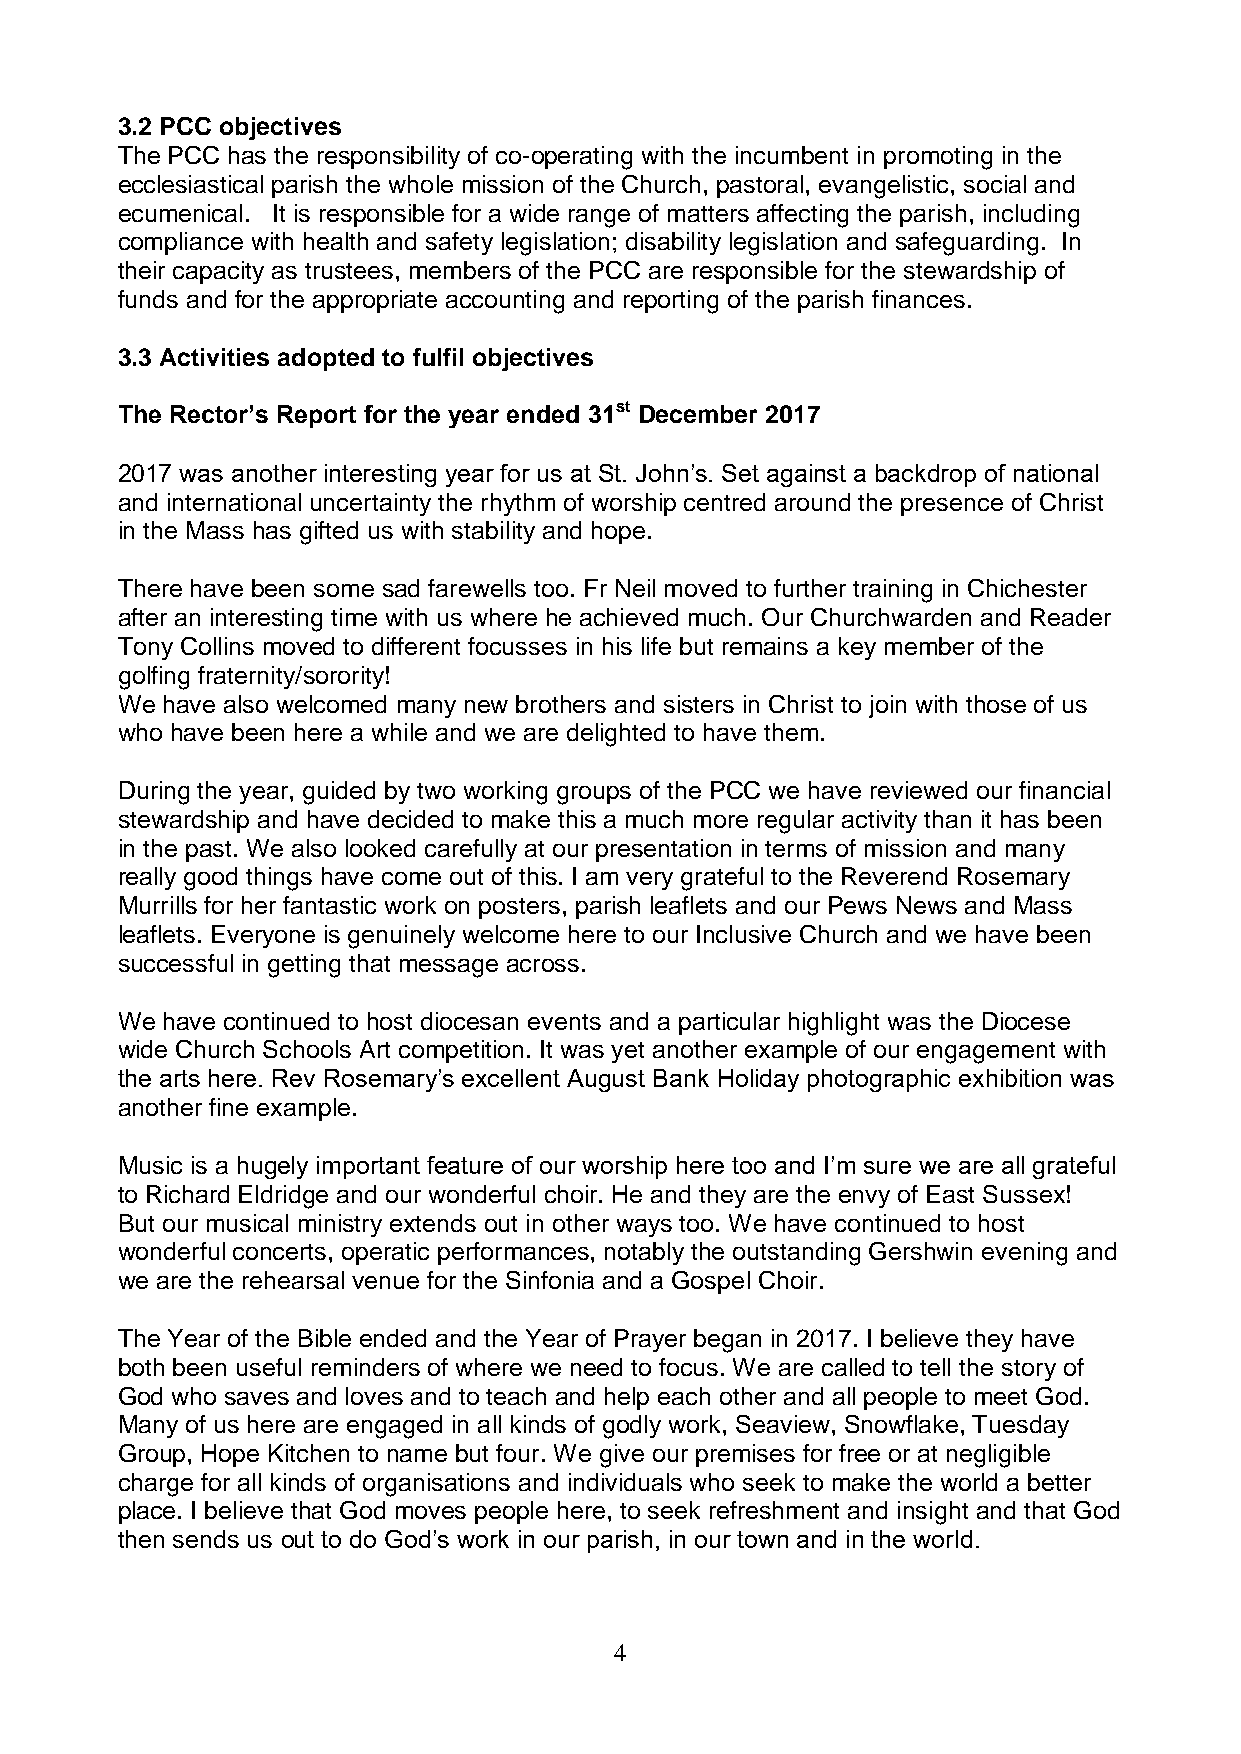
3.2 PCC objectives
 The PCC has the responsibility of co-operating with the incumbent in promoting in the
 ecclesiastical parish the whole mission of the Church, pastoral, evangelistic, social and
 ecumenical. It is responsible for a wide range of matters affecting the parish, including
 compliance with health and safety legislation; disability legislation and safeguarding. In
 their capacity as trustees, members of the PCC are responsible for the stewardship of
 funds and for the appropriate accounting and reporting of the parish finances.
 3.3 Activities adopted to fulfil objectives
 The Rector’s Report for the year ended 31st December 2017
 2017 was another interesting year for us at St. John’s. Set against a backdrop of national
 and international uncertainty the rhythm of worship centred around the presence of Christ
 in the Mass has gifted us with stability and hope.
 There have been some sad farewells too. Fr Neil moved to further training in Chichester
 after an interesting time with us where he achieved much. Our Churchwarden and Reader
 Tony Collins moved to different focusses in his life but remains a key member of the
 golfing fraternity/sorority!
 We have also welcomed many new brothers and sisters in Christ to join with those of us
 who have been here a while and we are delighted to have them.
 During the year, guided by two working groups of the PCC we have reviewed our financial
 stewardship and have decided to make this a much more regular activity than it has been
 in the past. We also looked carefully at our presentation in terms of mission and many
 really good things have come out of this. I am very grateful to the Reverend Rosemary
 Murrills for her fantastic work on posters, parish leaflets and our Pews News and Mass
 leaflets. Everyone is genuinely welcome here to our Inclusive Church and we have been
 successful in getting that message across.
 We have continued to host diocesan events and a particular highlight was the Diocese
 wide Church Schools Art competition. It was yet another example of our engagement with
 the arts here. Rev Rosemary’s excellent August Bank Holiday photographic exhibition was
 another fine example.
 Music is a hugely important feature of our worship here too and I’m sure we are all grateful
 to Richard Eldridge and our wonderful choir. He and they are the envy of East Sussex!
 But our musical ministry extends out in other ways too. We have continued to host
 wonderful concerts, operatic performances, notably the outstanding Gershwin evening and
 we are the rehearsal venue for the Sinfonia and a Gospel Choir.
 The Year of the Bible ended and the Year of Prayer began in 2017. I believe they have
 both been useful reminders of where we need to focus. We are called to tell the story of
 God who saves and loves and to teach and help each other and all people to meet God.
 Many of us here are engaged in all kinds of godly work, Seaview, Snowflake, Tuesday
 Group, Hope Kitchen to name but four. We give our premises for free or at negligible
 charge for all kinds of organisations and individuals who seek to make the world a better
 place. I believe that God moves people here, to seek refreshment and insight and that God
 then sends us out to do God’s work in our parish, in our town and in the world.
 4